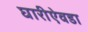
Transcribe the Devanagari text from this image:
घारीऐवडा